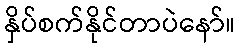
နှိပ်စက်နိုင်တာပဲနော်။